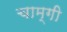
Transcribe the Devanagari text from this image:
चाम्गी